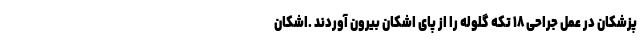
پزشکان در عمل جراحی ۱۸ تکه گلوله را از پای اشکان بیرون آوردند .اشکان